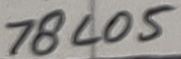
Text: 78L05